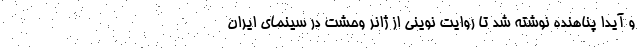
و آیدا پناهنده نوشته شد تا روایت نوینی از ژانر وحشت در سینمای ایران